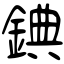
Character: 錪